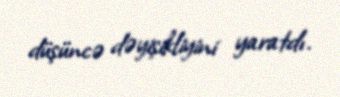
düşüncə dəyişikliyini yaratdı.